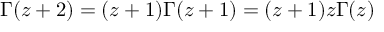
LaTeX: \Gamma ( z + 2 ) = ( z + 1 ) \Gamma ( z + 1 ) = ( z + 1 ) z \Gamma ( z )